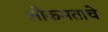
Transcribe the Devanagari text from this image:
लोकमताचे